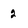
Character: 2